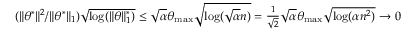
\begin{array} { r } { ( \| \theta ^ { * } \| ^ { 2 } / \| \theta ^ { * } \| _ { 1 } ) \sqrt { \log ( \| \theta \| _ { 1 } ^ { * } ) } \leq \sqrt { \alpha } \theta _ { \operatorname* { m a x } } \sqrt { \log ( \sqrt { \alpha } n ) } = \frac { 1 } { \sqrt { 2 } } \sqrt { \alpha } \theta _ { \operatorname* { m a x } } \sqrt { \log ( \alpha n ^ { 2 } ) } \to 0 } \end{array}